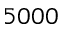
5 0 0 0